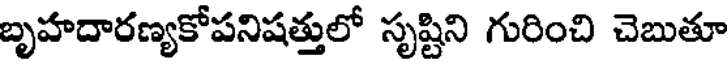
బృహదారణ్యకోపనిషత్తులో సృష్టిని గురించి చెబుతూ